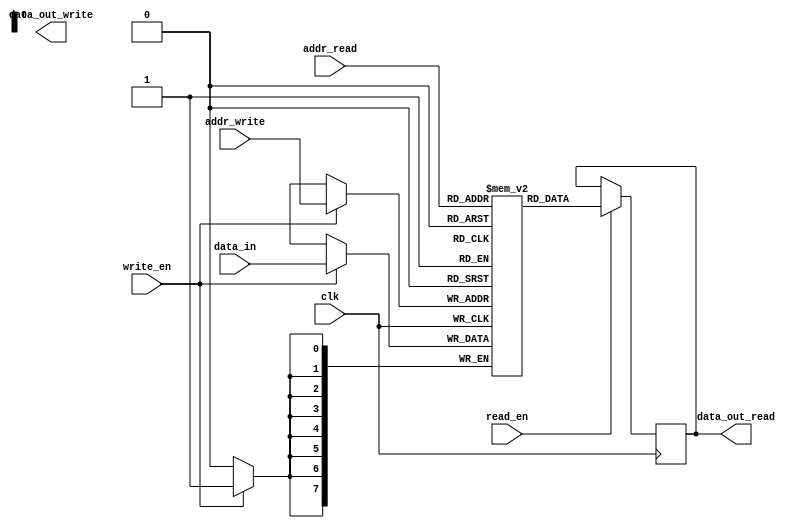
module dual_port_ram (
  input wire clk,
  input wire [7:0] addr_read,
  input wire [7:0] addr_write,
  input wire read_en,
  input wire write_en,
  input wire [7:0] data_in,
  output reg [7:0] data_out_read,
  output reg [7:0] data_out_write
);

reg [7:0] memory [0:255];

always @ (posedge clk) begin
  if (read_en) begin
    data_out_read <= memory[addr_read];
  end
  if (write_en) begin
    memory[addr_write] <= data_in;
  end
end

endmodule